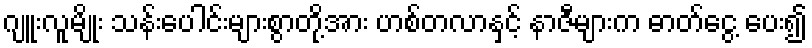
ဂျူးလူမျိုး သန်းပေါင်းများစွာတို့အား ဟစ်တလာနှင့် နာဇီများက ဓာတ်ငွေ့ ပေး၍